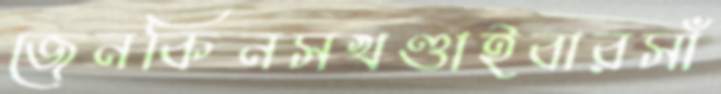
জেনকিনসখণ্ডাইবারসাঁ